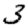
Digit: 3